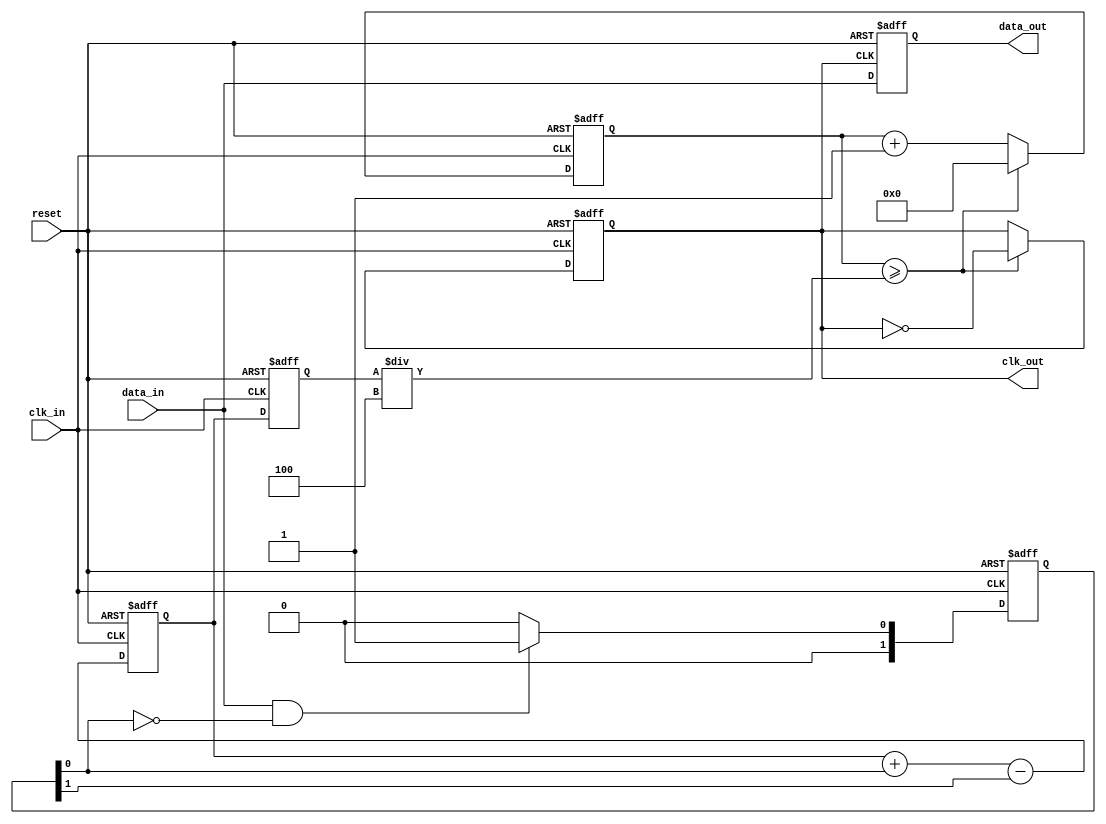
module PLL_Synchronizer (
    input wire clk_in,          // Incoming clock signal
    input wire data_in,         // Incoming asynchronous data signal
    input wire reset,           // Asynchronous reset
    output reg clk_out,         // Synchronized clock output
    output reg data_out         // Synchronized data output
);

// Parameters
parameter CLK_DIV = 4;        // Clock division factor
parameter LOCK_TIME = 100;    // Lock time in simulation cycles
parameter PHASE_MARGIN = 10;  // Phase margin for stability

// Internal signals
reg [1:0] phase_detector;     // Phase Detector output
reg [7:0] loop_filter;        // Loop Filter output
reg [7:0] vco_output;         // VCO output
reg [15:0] clk_count;         // Clock counter for division
reg lock;                     // Lock status
reg [15:0] lock_timer;        // Lock timer

// Phase Detector
always @(posedge clk_in or posedge reset) begin
    if (reset) begin
        phase_detector <= 2'b00;
    end else begin
        // Simple phase detection
        if (data_in & ~phase_detector[0]) begin
            phase_detector <= 2'b01; // Edge detected
        end else begin
            phase_detector <= 2'b00; // No edge detected
        end
    end
end

// Loop Filter
always @(posedge clk_in or posedge reset) begin
    if (reset) begin
        loop_filter <= 8'b00000000;
    end else begin
        // Simple first-order filter (proportional control)
        loop_filter <= loop_filter + phase_detector[0] - phase_detector[1];
    end
end

// Voltage-Controlled Oscillator (VCO)
always @(posedge clk_in or posedge reset) begin
    if (reset) begin
        vco_output <= 8'b00000000;
        clk_out <= 0;
        clk_count <= 0;
        lock <= 0;
        lock_timer <= 0;
    end else begin
        // Simple VCO behavior
        vco_output <= loop_filter; // Control frequency by loop filter output
        clk_count <= clk_count + 1;

        // Generate output clock based on VCO output
        if (clk_count >= (vco_output / CLK_DIV)) begin
            clk_out <= ~clk_out; // Toggle output clock
            clk_count <= 0;
        end

        // Lock detection logic
        if (lock_timer < LOCK_TIME) begin
            lock_timer <= lock_timer + 1;
            if (lock_timer == LOCK_TIME) begin
                lock <= 1; // PLL is locked
            end
        end
    end
end

// Data Synchronization
always @(posedge clk_out or posedge reset) begin
    if (reset) begin
        data_out <= 0;
    end else begin
        data_out <= data_in; // Capture data on the synchronized clock
    end
end

endmodule